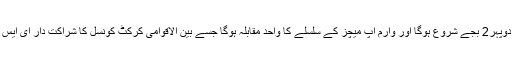
یہ میچ سری لنکا کے معیاری وقت کے مطابق دوپہر2 بجے شروع ہوگا اور وارم اپ میچز کے سلسلے کا واحد مقابلہ ہوگا جسے بین الاقوامی کرکٹ کونسل کا شراکت دار ای ایس پی این اسٹار اسپورٹس براہ راست نشر کرے گا۔